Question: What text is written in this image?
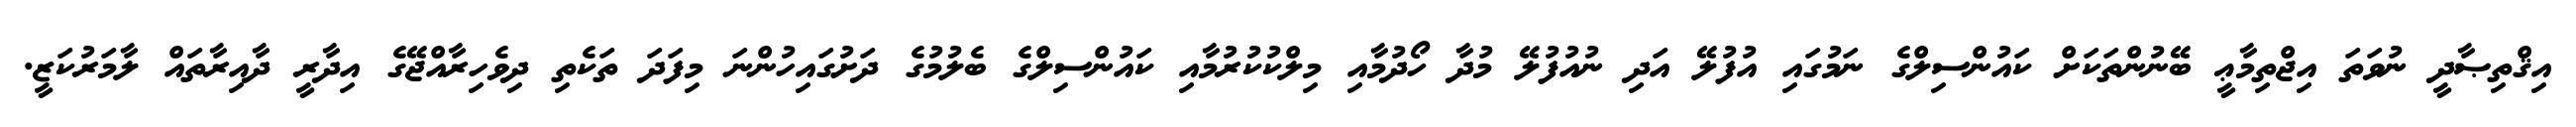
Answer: އިޤްތިޞާދީ ނުވަތަ އިޖްތިމާޢީ ބޭނުންތަކަށް ކައުންސިލްގެ ނަމުގައި އުފުލޭ އަދި ނުއުފުލޭ މުދާ ހޯދުމާއި މިލްކުކުރުމާއި ކައުންސިލްގެ ބެލުމުގެ ދަށުގައިހުންނަ މިފަދަ ތަކެތި ދިވެހިރާއްޖޭގެ އިދާރީ ދާއިރާތައް ލާމަރުކަޒީ.